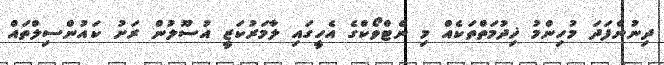
ދިނުންފަދަ މުހިންމު ޚިދުމަތްތަކެއް މި ނެޓްވޯކްގެ އެހީގައި ލާމަރުކަޒީ އުސޫލުން ރަށު ކައުންސިލްތައް